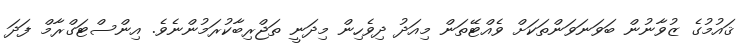
ޤައުމުގެ ޒުވާނުން ބަވަނަވަންތަކަށް ވެއްޓޭތަން މިއަދު ދިވެހިން މިދަނީ ތަޖްރިބާކުރަމުންނެވެ. އިންސްޓަގްރާމް ފަދަ